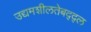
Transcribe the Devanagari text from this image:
उद्यमशीलतेबद्द्ल